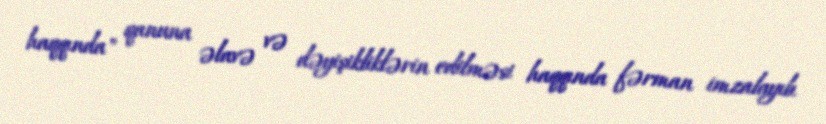
haqqında" qanuna əlavə və dəyişikliklərin edilməsi haqqında fərman imzalayıb.